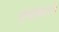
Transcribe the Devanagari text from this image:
नृत्यप्रकारचे